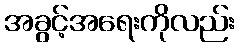
အခွင့်အရေးကိုလည်း